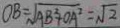
O B = \sqrt { A B ^ { 2 } + O A ^ { 2 } } = \sqrt { 2 }